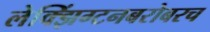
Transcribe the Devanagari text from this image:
लेक्झिंग्टनबरोबरच